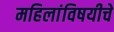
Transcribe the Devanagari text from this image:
महिलांविषयीचे